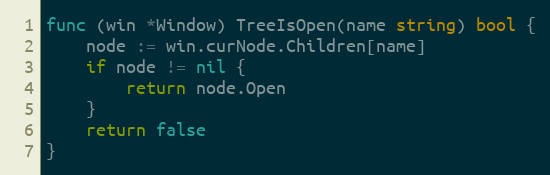
Language: Go
func (win *Window) TreeIsOpen(name string) bool {
	node := win.curNode.Children[name]
	if node != nil {
		return node.Open
	}
	return false
}